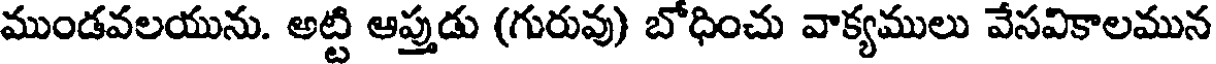
ముండవలయును. అట్టి ఆప్తుడు (గురువు) బోధించు వాక్యములు వేసవికాలమున